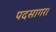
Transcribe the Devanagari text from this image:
पदसागर।